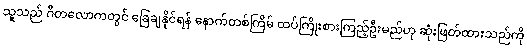
သူသည် ဂီတလောကတွင် ခြေချနိုင်ရန် နောက်တစ်ကြိမ် ထပ်ကြိုးစားကြည့်ဦးမည်ဟု ဆုံးဖြတ်ထားသည်ကို